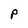
Character: P